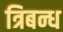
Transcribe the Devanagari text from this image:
त्रिबन्ध